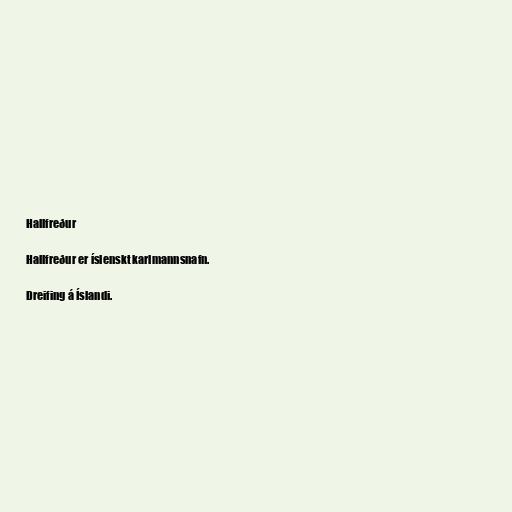
Hallfreður

Hallfreður er íslenskt karlmannsnafn.

Dreifing á Íslandi.